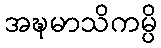
အဍ္ဎမာသိကမ္ပိ